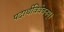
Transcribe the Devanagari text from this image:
पदार्थविवेचनम्।